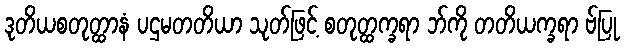
ဒုတိယစတုတ္ထာနံ ပဌမတတိယာ သုတ်ဖြင့် စတုတ္ထက္ခရာ ဘ်ကို တတိယက္ခရာ ဗ်ပြု